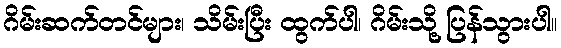
ဂိမ်းဆက်တင်များ၊ သိမ်းပြီး ထွက်ပါ၊ ဂိမ်းသို့ ပြန်သွားပါ။